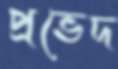
প্রভেদ